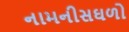
નામનીસઘળો